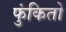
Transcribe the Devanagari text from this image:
फुंकितो